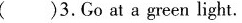
( )3.Go at a green light.